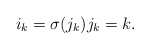
\begin{align*}i_k = \sigma(j_k) j_k = k .\end{align*}